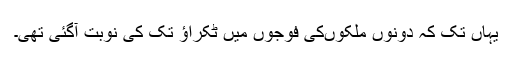
یہاں تک کہ دونوں ملکوںکی فوجوں میں ٹکراؤ تک کی نوبت آگئی تھی۔